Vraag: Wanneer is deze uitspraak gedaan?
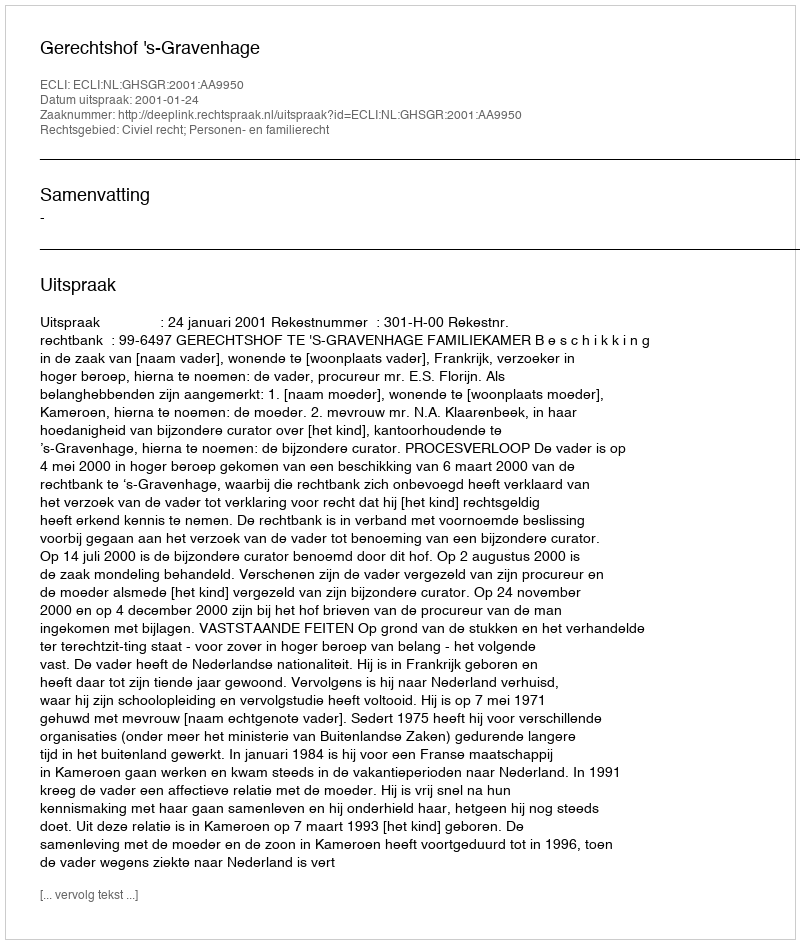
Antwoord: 2001-01-24